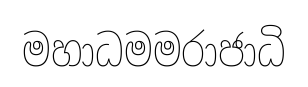
මහාධමමරාජාධි